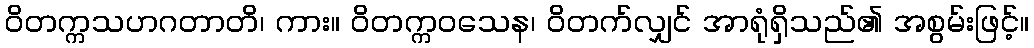
ဝိတက္ကသဟဂတာတိ၊ ကား။ ဝိတက္ကဝသေန၊ ဝိတက်လျှင် အာရုံရှိသည်၏ အစွမ်းဖြင့်။